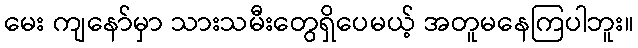
မေး ကျနော်မှာ သားသမီးတွေရှိပေမယ့် အတူမနေကြပါဘူး။